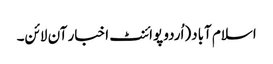
اسلام آباد(اُردو پوائنٹ اخبار آن لائن۔